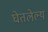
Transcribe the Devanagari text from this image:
घेतलेल्य